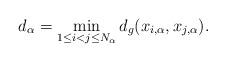
LaTeX: \begin{align*}d_\alpha=\min_{1\leq i<j \leq N_\alpha} d_g(x_{i,\alpha},x_{j,\alpha}).\end{align*}